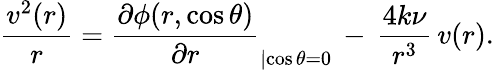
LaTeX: \frac{v^{2}(r)}{r}=\frac{\partial\phi(r,\cos\theta)}{\partial r}_{|{\cos\theta=0}}\, -\, \frac{4k\nu}{r^{3}}\, v(r).